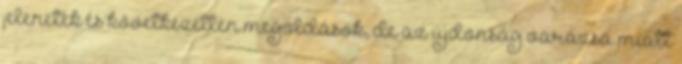
jelenetek és következetlen megoldások, de az újdonság varázsa miatt